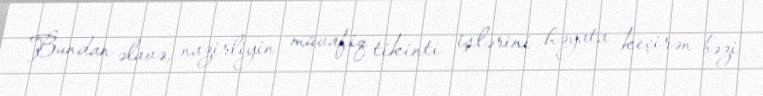
Bundan əlavə, nazirliyin müvafiq tikinti işlərini həyata keçirən bəzi